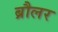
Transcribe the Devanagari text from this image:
ब्रौलर